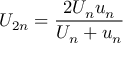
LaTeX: U _ { 2 n } = { \frac { 2 U _ { n } u _ { n } } { U _ { n } + u _ { n } } }